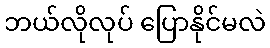
ဘယ်လိုလုပ် ပြောနိုင်မလဲ